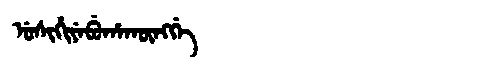
Manchu: ᡠᠰᡳᡥᡳᠶᡝᠪᡠᡥᠠᡴᡡᠩᡤᡝ
Romanization: USIHIYEBUHAKŪNGGE